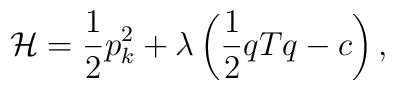
{\cal {H}}=\frac 12p_k^2 +\lambda \left(\frac 12 qTq-c\right) ,